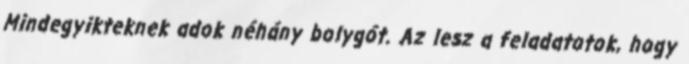
Mindegyikteknek adok néhány bolygót. Az lesz a feladatotok, hogy